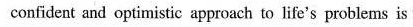
confident and optimistic approach to life's problems is